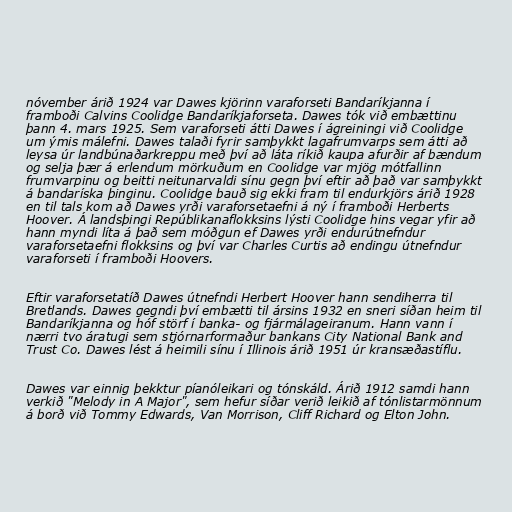
nóvember árið 1924 var Dawes kjörinn varaforseti Bandaríkjanna í
framboði Calvins Coolidge Bandaríkjaforseta. Dawes tók við embættinu
þann 4. mars 1925. Sem varaforseti átti Dawes í ágreiningi við Coolidge
um ýmis málefni. Dawes talaði fyrir samþykkt lagafrumvarps sem átti að
leysa úr landbúnaðarkreppu með því að láta ríkið kaupa afurðir af bændum
og selja þær á erlendum mörkuðum en Coolidge var mjög mótfallinn
frumvarpinu og beitti neitunarvaldi sínu gegn því eftir að það var samþykkt
á bandaríska þinginu. Coolidge bauð sig ekki fram til endurkjörs árið 1928
en til tals kom að Dawes yrði varaforsetaefni á ný í framboði Herberts
Hoover. Á landsþingi Repúblikanaflokksins lýsti Coolidge hins vegar yfir að
hann myndi líta á það sem móðgun ef Dawes yrði endurútnefndur
varaforsetaefni flokksins og því var Charles Curtis að endingu útnefndur
varaforseti í framboði Hoovers.

Eftir varaforsetatíð Dawes útnefndi Herbert Hoover hann sendiherra til
Bretlands. Dawes gegndi því embætti til ársins 1932 en sneri síðan heim til
Bandaríkjanna og hóf störf í banka- og fjármálageiranum. Hann vann í
nærri tvo áratugi sem stjórnarformaður bankans City National Bank and
Trust Co. Dawes lést á heimili sínu í Illinois árið 1951 úr kransæðastíflu.

Dawes var einnig þekktur píanóleikari og tónskáld. Árið 1912 samdi hann
verkið "Melody in A Major", sem hefur síðar verið leikið af tónlistarmönnum
á borð við Tommy Edwards, Van Morrison, Cliff Richard og Elton John.